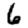
Digit: 6